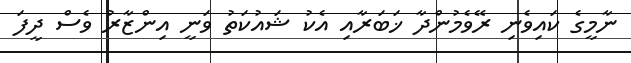
ނާމީގެ ކައިވެނި ރޭވެމުންދާ ޚަބަރާއި އެކު ޝައުކަތު ވަނީ އިންޒާރު ވެސް ދީފަ